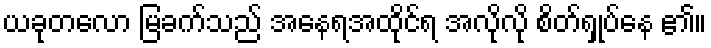
ယခုတလော မြခက်သည် အနေရအထိုင်ရ အလိုလို စိတ်ရှုပ်နေ ၏။